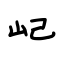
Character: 屺